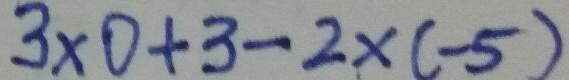
3 \times 0 + 3 - 2 \times ( - 5 )